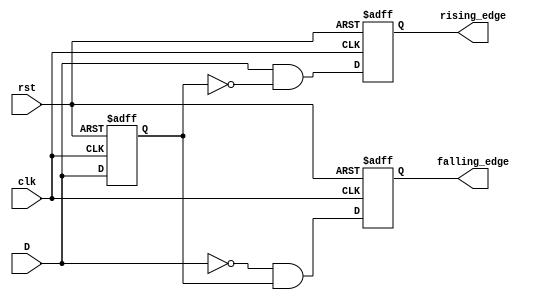
module DifferentialEdgeDetector (
    input wire clk,           // Clock signal
    input wire rst,           // Reset signal
    input wire D,             // Input signal
    output reg rising_edge,   // Output for rising edge detection
    output reg falling_edge   // Output for falling edge detection
);

    // Memory block to hold the previous state of the input signal
    reg previous_state;

    // Edge detection logic
    always @(posedge clk or posedge rst) begin
        if (rst) begin
            // On reset, initialize outputs and previous state
            previous_state <= 1'b0;
            rising_edge <= 1'b0;
            falling_edge <= 1'b0;
        end else begin
            // Check for rising edge
            rising_edge <= (D == 1'b1) && (previous_state == 1'b0);
            // Check for falling edge
            falling_edge <= (D == 1'b0) && (previous_state == 1'b1);

            // Update the previous state with the current input
            previous_state <= D;
        end
    end

endmodule